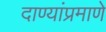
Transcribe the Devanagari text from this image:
दाण्यांप्रमाणे